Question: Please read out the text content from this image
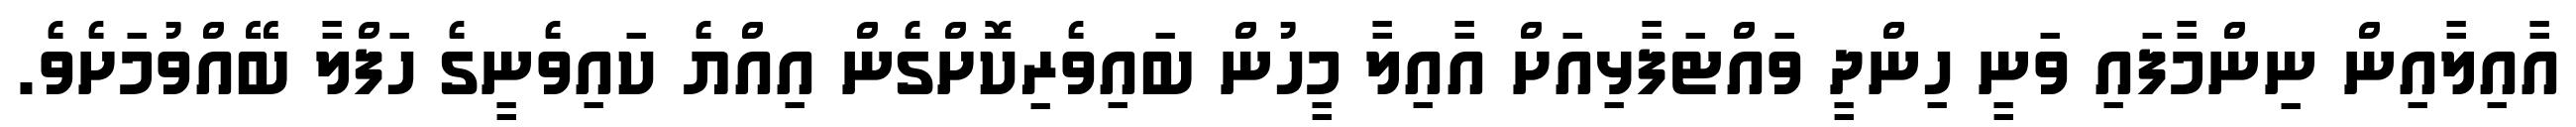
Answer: އާއިލާއިން ނިންމާފައި ވަނީ ހިންދީ ވައްޓަފާޅިއަށް އާއިލާ މީހުން ބައިވެރިކޮށްގެން އިއްޔެ ކައިވެނީގެ ހަފްލާ ބޭއްވުމަށެވެ.